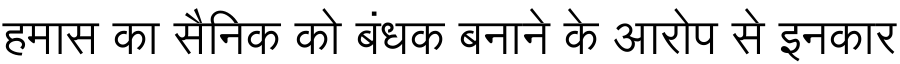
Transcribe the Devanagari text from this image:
हमास का सैनिक को बंधक बनाने के आरोप से इनकार